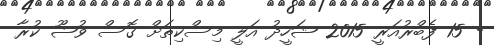
- 15 ފެބްރުއަރީ 2015 ޝަހީދު އަލީ މިސްކިތަށް ގޮސް ވުޟޫ ކުރާ